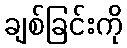
ချစ်ခြင်းကို